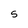
Character: 5